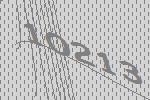
10213